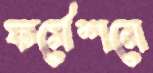
ফর্মেশনে